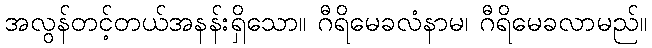
အလွန်တင့်တယ်အနန်းရှိသော။ ဂီရိမေခလံနာမ၊ ဂီရိမေခလာမည်။